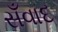
સઁવાદ